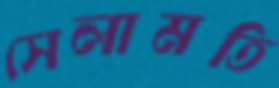
সেলামতি